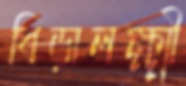
বিড়ালক্ষ্মী